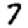
Digit: 7